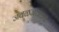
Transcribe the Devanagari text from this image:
जवळजवळच